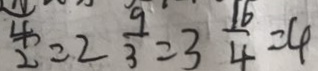
\frac { 4 } { 2 } = 2 \frac { 9 } { 3 } = 3 \frac { 1 6 } { 4 } = 4